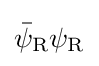
{\bar {\psi }}_{\rm {R}}\psi _{\rm {R}}